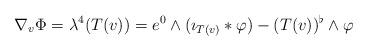
LaTeX: \begin{align*} \nabla_v \Phi = \lambda^4(T(v)) = e^0 \wedge (\imath_{T(v)} \ast \varphi) - (T(v))^\flat \wedge \varphi\end{align*}